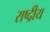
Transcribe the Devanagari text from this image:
राष्द्रीय